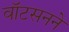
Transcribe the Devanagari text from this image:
वॉटसनने